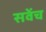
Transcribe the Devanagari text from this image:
सवेंच